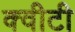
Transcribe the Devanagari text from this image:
क्‍वीटी